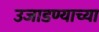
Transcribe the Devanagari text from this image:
उजाडण्याच्या